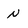
Character: N